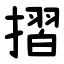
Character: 摺